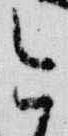
今